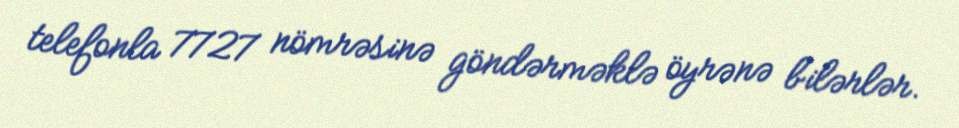
telefonla 7727 nömrəsinə göndərməklə öyrənə bilərlər.